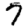
Digit: 7